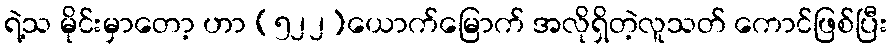
ရဲ့သ မိုင်းမှာတော့ ဟာ (၅၂၂)ယောက်မြောက် အလိုရှိတဲ့လူသတ် ကောင်ဖြစ်ပြီး